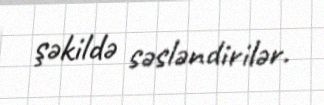
şəkildə səsləndirilər.